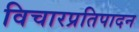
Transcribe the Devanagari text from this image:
विचारप्रतिपादन